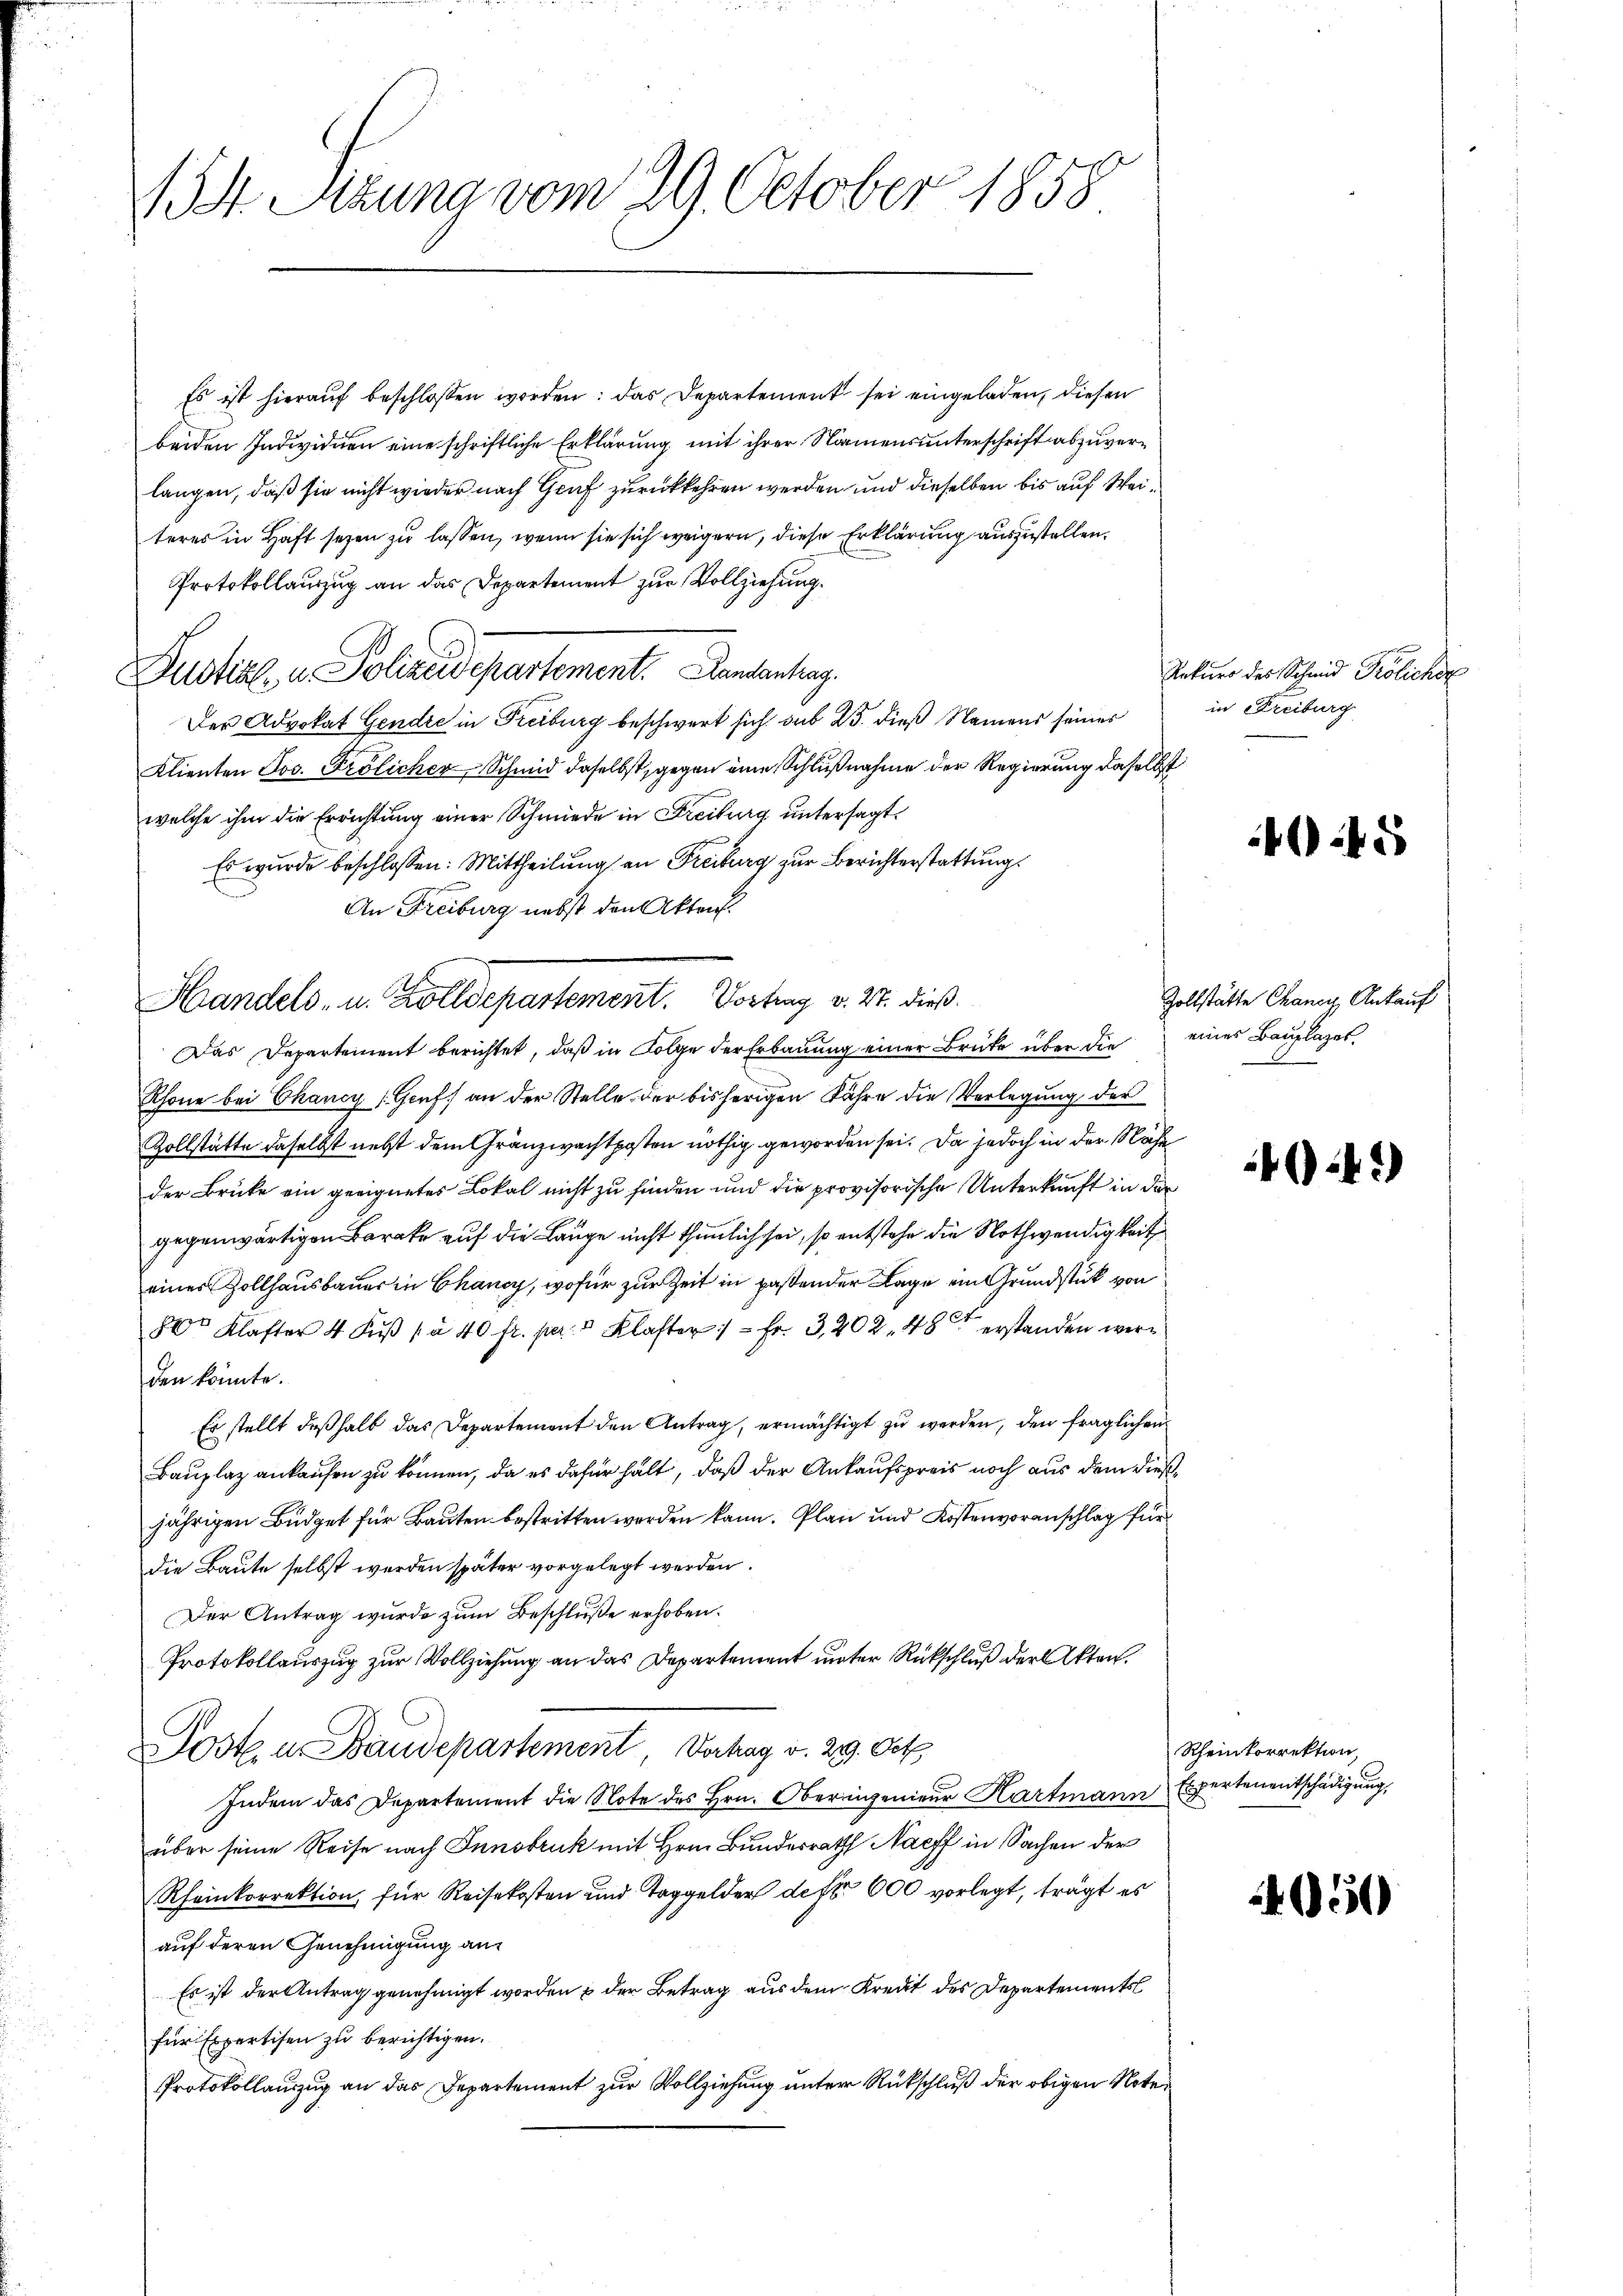
13. Sitzung vom 29. October 1858

Es ist hierauf beschlossen worden: das Departement sei eingeladen, diesen
beiden Individuen eine schriftliche Erklärung mit ihrer Namensunterschrift abzuverlangen, daß sie nicht wieder nach Graf zurückkehren werden und dieselben bis auf Weiterer in Haft seyen zu lassen, wenn sie sich weigern, diese Erklärung auszustellen.
Protokollauszug an das Departement zur Vollziehung.
Justiz, u. Polizeidepartement. Dantertrag
Der Advokat Gendre in Freiburg beschwert sich sub 25. dieß Namens seines
Klienten Jos. Frölicher Schmid daselbst, gegen eine Schlußnahme der Regierung daselbst
welche ihm die Errichtung einer Schmiede in Freiburg untersagt.
Es wurde beschlossen: Mittheilung an Freiburg zur Berichterstattung
An Freiburg nebst den Akten.
Das Departement berichtet, daß in Folge der Erbauung einer Brüke über die eines Bauplazes.
Rhone bei Chancy (Genf an der Stelle der bisherigen Jahre die Verlegung der
Zollstätte daselbst nebst dem Gränzwachtposten nöthig geworden sei. Da jedoch in der Nähe
der Brücke ein geeignetes Lokal nicht zu finden und die provisorische Unterkunft in der
gegenwärtigen Barake auf die Lange nicht thunlich sei, so entstehe die Nothwendigkeit
eines Zollhausbauer in Chancy, wofür zur Zeit in paßender Lage ein Grundstück von
86r Klafter 4 Fŭβ (à 40 fr. pr. Klafter :/ = Fr. 3, 202. 48 erstanden werden könnte.
Er stellt deßhalb das Departement den Antrag, ermächtigt zu werden, den fraglichen
Bauplaz ankaufen zu können, da es dafür hält, daß der Ankaufspreis noch aus dem dießjährigen Büdget für Bauten bestritten werden kann. Plan und Kostenvoranschlag für
Die Baute selbst werden später vorgelegt werden.
Der Antrag wurde zum Beschluße erhoben.
Protokollauszug zur Vollziehung an das Departement unter Rückschluß der Akten.
Poste u Baudepartement Vertrag v. 229. Oct.
Indem das Departement die Note des Hrn. Oberingenieur Hartmann
über seine Reise nach Innsbruk mit Hrn. Bundesrath Nach in Sachen der
Rheinkorrektion, für Reisekosten und Taggelder defto 600 vorlegt, trägt es
auf deren Genehmigung an
Es ist der Antrag genehmigt worden & der Betrag aus dem Kreut des Departements
für Expertisen zu berichtigen.
Protokollauszug an das Departement zur Vollziehung unter Rückschluß der obigen Noter

Handels, u. Zolldepartement. Vortrag v. 27. dieß

c

Rekurs des Schmid Krölicher
in Freiburg

45

Zollstätte Chancy, Ankauf

:41)

Rheinkorrektion,
Expertenentschädigung,

451